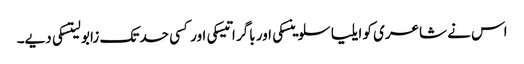
اس نے شاعری کو ایلیا سلوینسکی اور باگر اتیسکی اور کسی حد تک زابو لیتسکی دیے۔